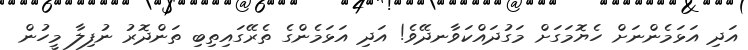
އަދި އަޅަމެންނަށް ހެޔޮމަގަށް މަގުދައްކަވާނދޭވެ! އަދި އަޅަމެންގެ ތެރޭގައިތިބި ތަންދޮރު ނުފިލާ މީހުން